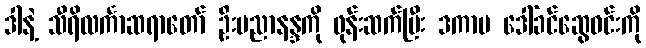
ဒါနဲ့ သီရိလင်္ကာဆရာတော် ဦးပညာနန္ဒကို ဖုန်းဆက်ပြီး ဒကာမ ဒေါ်ခင်ဆွေဝင်းကို